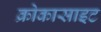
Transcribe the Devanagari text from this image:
क्रोकासाइट